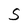
Character: S